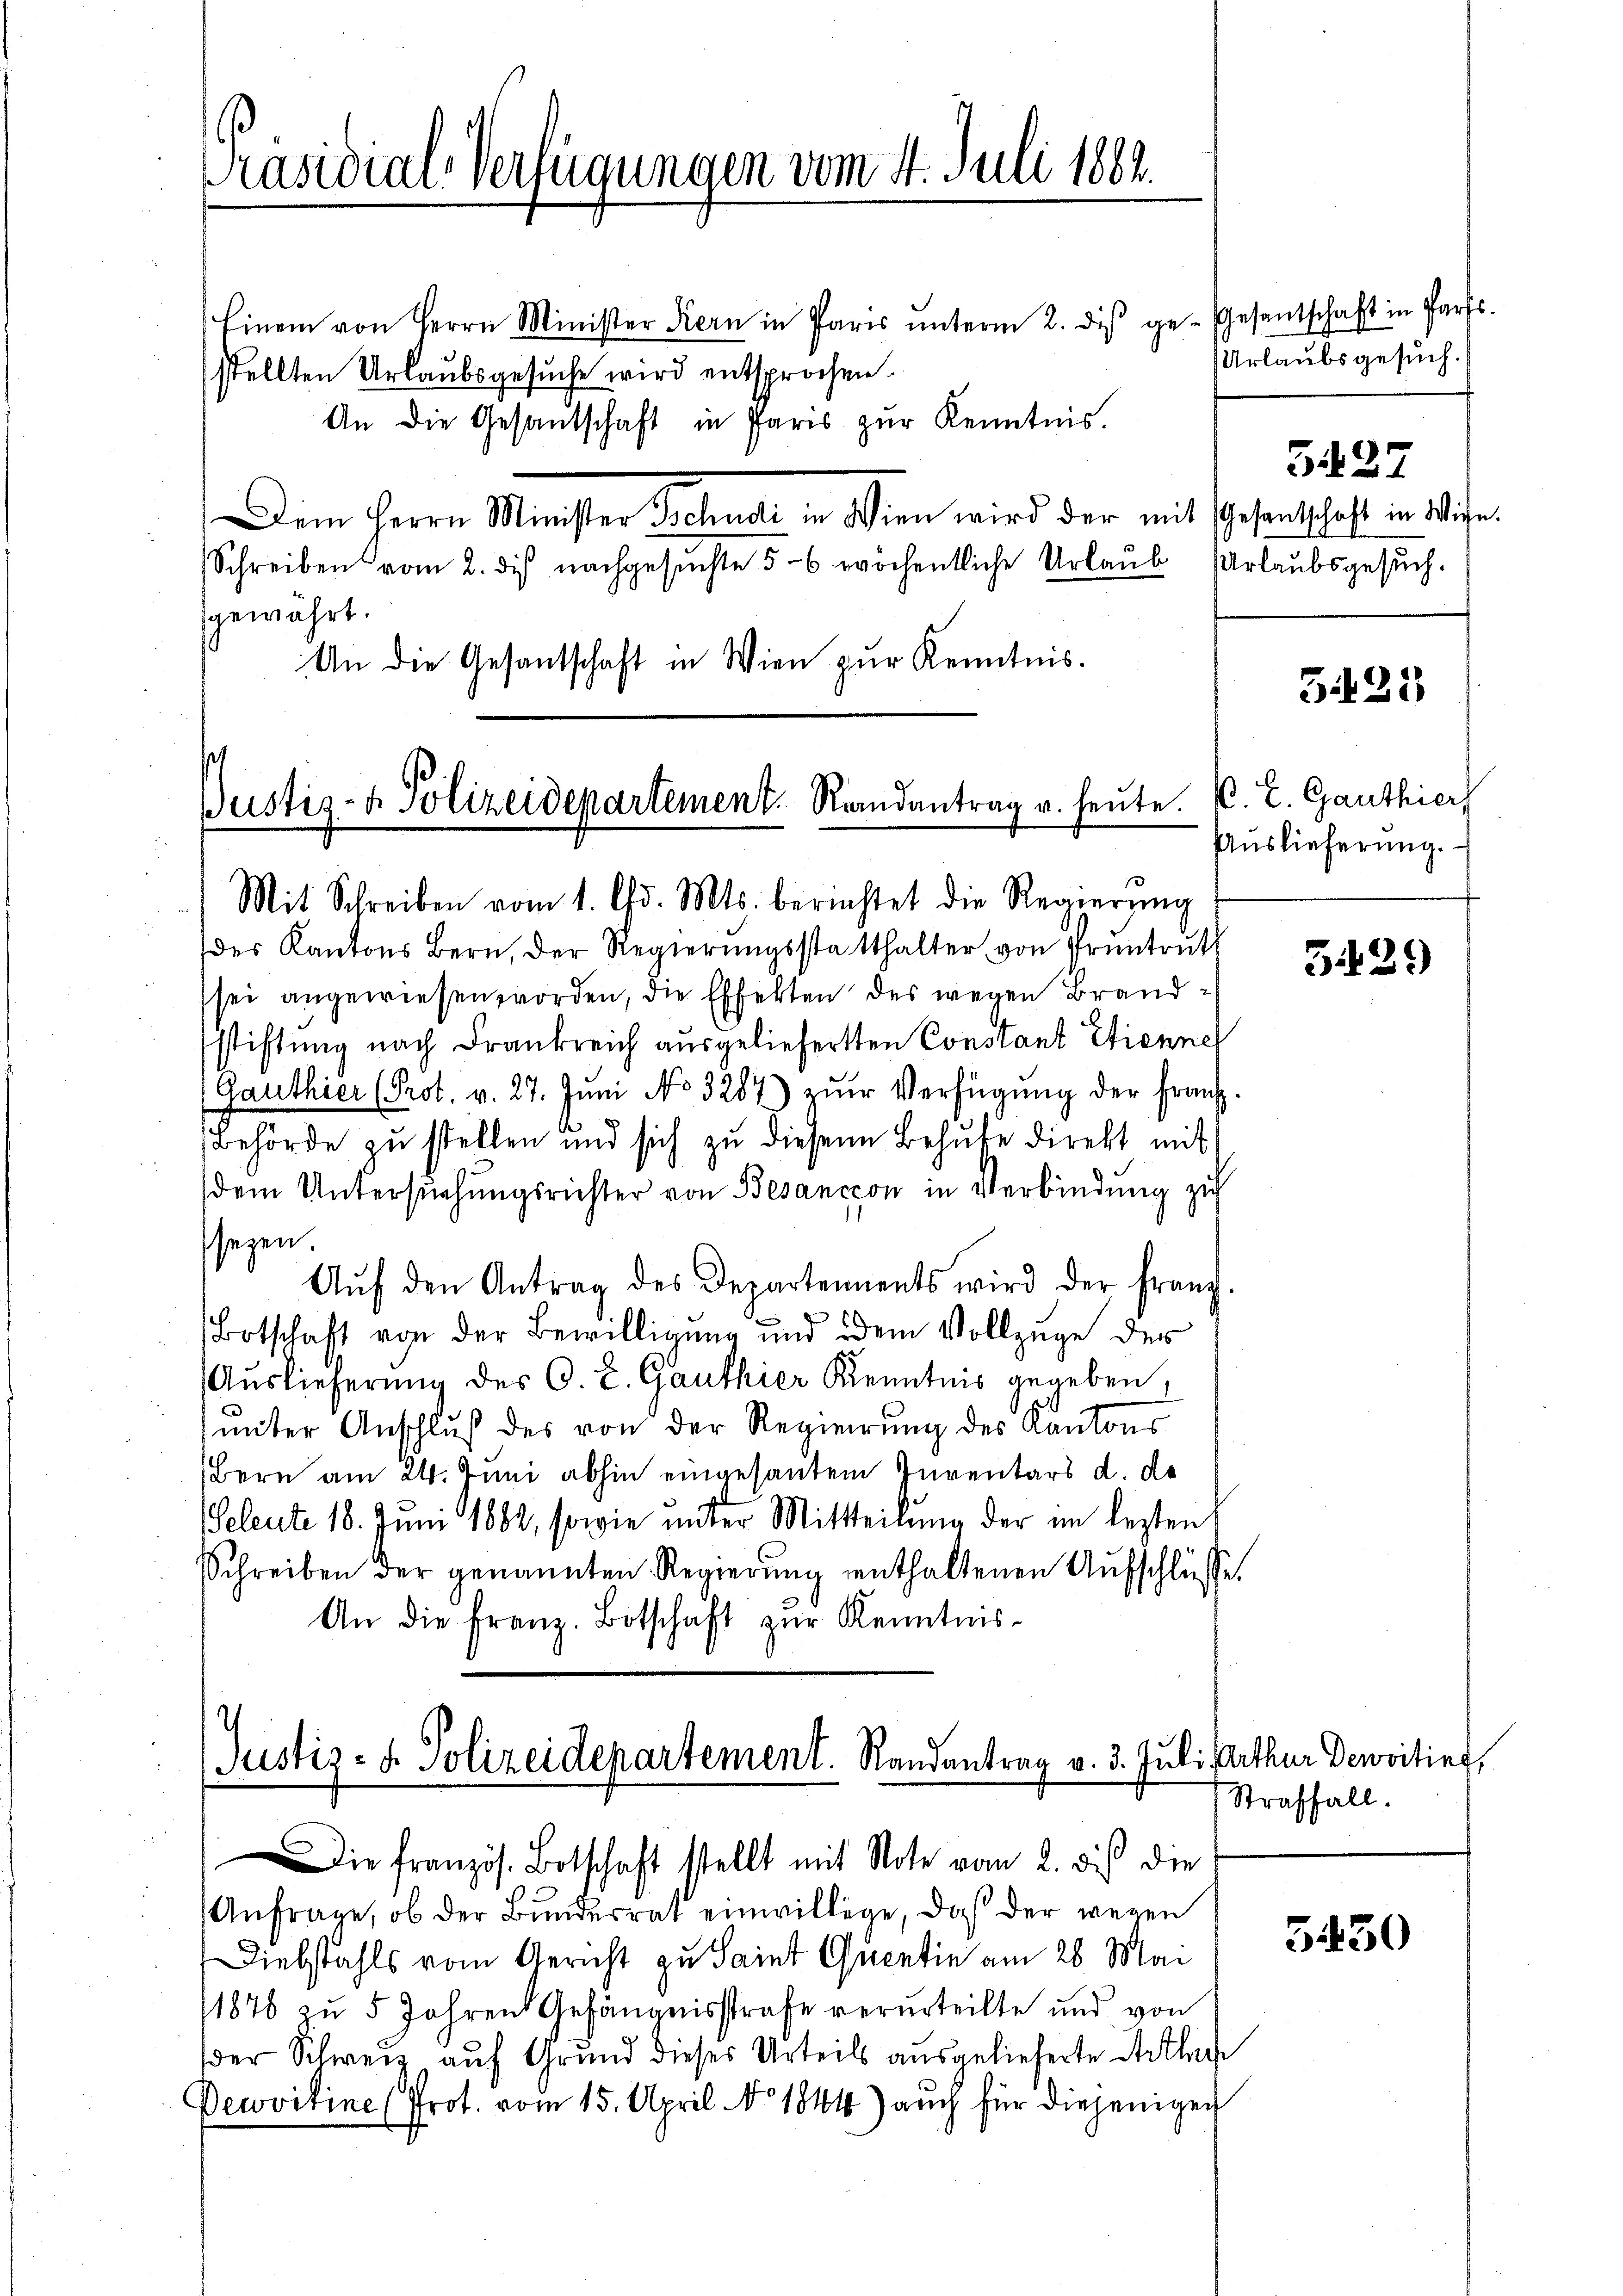
Präsidial-Verfügungen vom 4. Juli 1882.

Einem von Herrn Minister Kern in Paris ŭnterm 2. diβ ge-Gesentschaft in Parts.
stellten Urlaubsgesuche wird entsprochen.
An die Gesandtschaft in Paris zŭr Kenntnis.
Dem Herrn Minister Schade in Wien wird der mit Gesandtschaft in Wie¬
Schreiben vom 2. dis nachgesŭchte 5-6 wöchentliche Urlaŭb Urlaubsgesŭch.
gewährt.
An die Gesantschaft in Wien zur Kenntnis.
des Kantons Bern, der Regierŭngsstatthalter von Pruntruth
sei angewiesen worden, die Effekten des wegen Brandstiftung nach Frankreich ausgelieferten Constant Etienne
(Ganthier (Prot. v. 27. Jŭni No 3287) zŭr Verfügŭng der Franz-
Behörde zŭ stellen und sich zŭ diesen Behufe direkt mit
dem Untersuchungsrichter von Besanccon in Verbindung zu
sezen.
Aŭf den Antrag des Departements wird der franz.
Botschaft von der Bewilligung und dem Vollzüge des
Auslieferung des C. R. Ganthier Kenntnis gegeben,
unter Anschluß des von der Regierung des Kantons
Bern am 24. Juni abhin eingesanten Inventars d. de
Seleute 18. Juni 1882, sowie unter Mittheilung der im lezten
Schreiben der genannten Regierung enthaltenen Aufschlüsse.
An die Franz. Botschaft zur Kenntnis¬

Pustiz- & Polizeidepartement. Randantrag u. heute. E. E. Ganthier
Mit Schreiben vom 1. Chr. Mts. berichtet die Regierŭng

4
Justiz- u. Polizeidepartement. Randantrag v. 3. Juli Parthur Devitier,
Die französ. Botschaft stellt mit Note vom 2. dies die

Urlaubsgesuch.

5427

Anfrage, ob der Bundesrat einwillige, daß der wegen
Diebstahls vom Gericht zu Saint Quentin am 28. Mai
1876 zu 5 Jahren Gefängnisstrafe verurteilte und von
der Schweiz auf Grund dieses Urteils ausgelieferte Artha
Dewvitine (Prot. vom 15. April 1844) auch für diejenigen

G 25

Auslieferung.

5429

Straffall.

5430